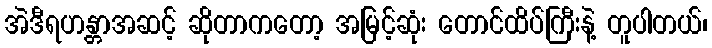
အဲဒီရဟန္တာအဆင့် ဆိုတာကတော့ အမြင့်ဆုံး တောင်ထိပ်ကြီးနဲ့ တူပါတယ်၊